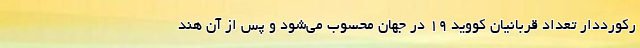
رکورددار تعداد قربانیان کووید ۱۹ در جهان محسوب می‌شود و پس از آن هند